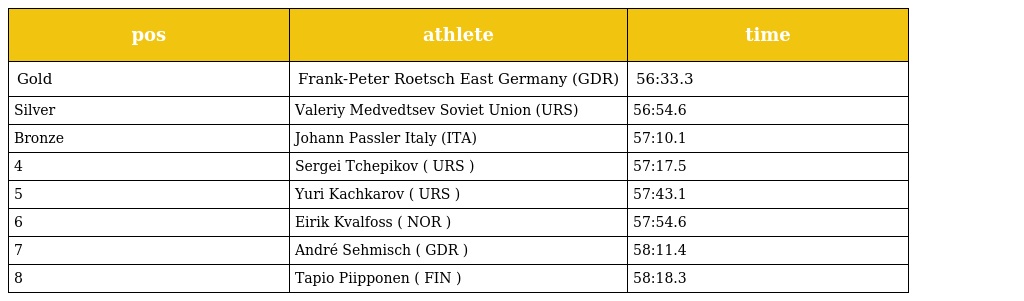
| pos | athlete | time |
 | --- | --- | --- |
 | Gold | Frank-Peter Roetsch East Germany (GDR) | 56:33.3 |
 | Silver | Valeriy Medvedtsev Soviet Union (URS) | 56:54.6 |
 | Bronze | Johann Passler Italy (ITA) | 57:10.1 |
 | 4 | Sergei Tchepikov ( URS ) | 57:17.5 |
 | 5 | Yuri Kachkarov ( URS ) | 57:43.1 |
 | 6 | Eirik Kvalfoss ( NOR ) | 57:54.6 |
 | 7 | André Sehmisch ( GDR ) | 58:11.4 |
 | 8 | Tapio Piipponen ( FIN ) | 58:18.3 |